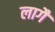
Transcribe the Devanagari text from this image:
लागैं